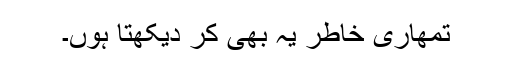
تمھاری خاطر یہ بھی کر دیکھتا ہوں۔